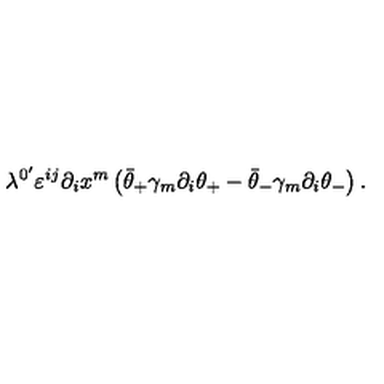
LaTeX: \lambda ^ { 0 ^ { \prime } } \varepsilon ^ { i j } \partial _ { i } x ^ { m } \left( \bar { \theta } _ { + } \gamma _ { m } \partial _ { i } \theta _ { + } - \bar { \theta } _ { - } \gamma _ { m } \partial _ { i } \theta _ { - } \right) . \nonumber